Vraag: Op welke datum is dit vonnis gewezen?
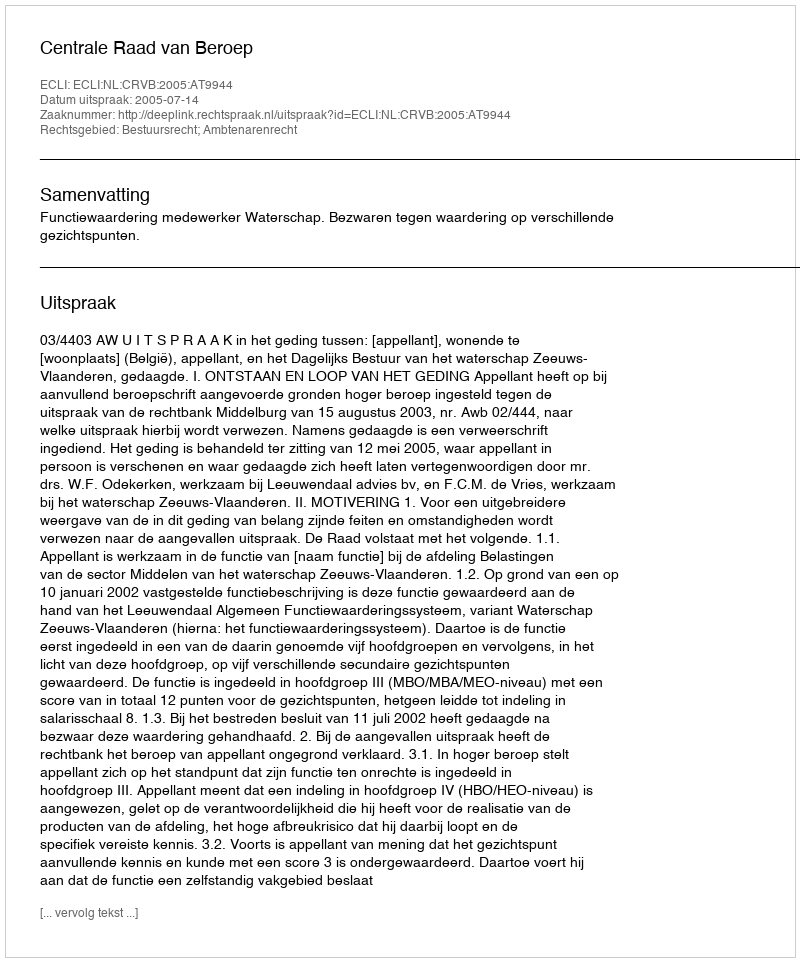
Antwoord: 2005-07-14